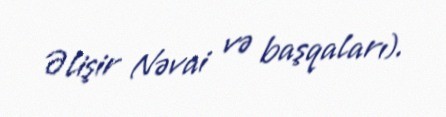
Əlişir Nəvai və başqaları).